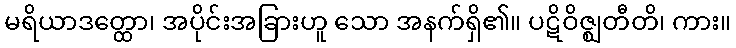
မရိယာဒတ္ထော၊ အပိုင်းအခြားဟူ သော အနက်ရှိ၏။ ပဋိဝိဇ္ဈတီတိ၊ ကား။